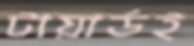
টায়ার্ডই